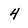
Character: 4